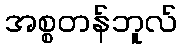
အစ္စတန်ဘူလ်